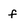
Character: f